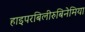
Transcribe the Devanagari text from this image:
हाइपरबिलीरुबिनेमिया